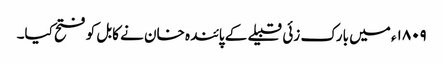
۱۸۰۹ء میں بارک زئی قبیلے کے پائندہ خان نے کابل کو فتح کیا۔